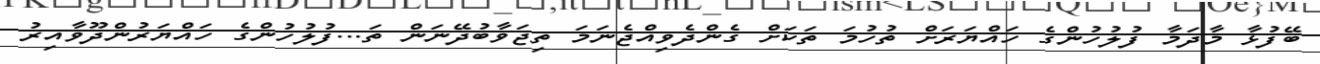
ބޭފުޅާ މާދަމާ ފުލުހުންގެ ހައްޔަރަށް ތުހުމަ ތަކަށް ގެންދެވިއްޖެނަމަ ތިޖަވާބުދޭނަން ތަ...ފުލުހުންގެ ހައްޔަރުންދޫވާއިރު